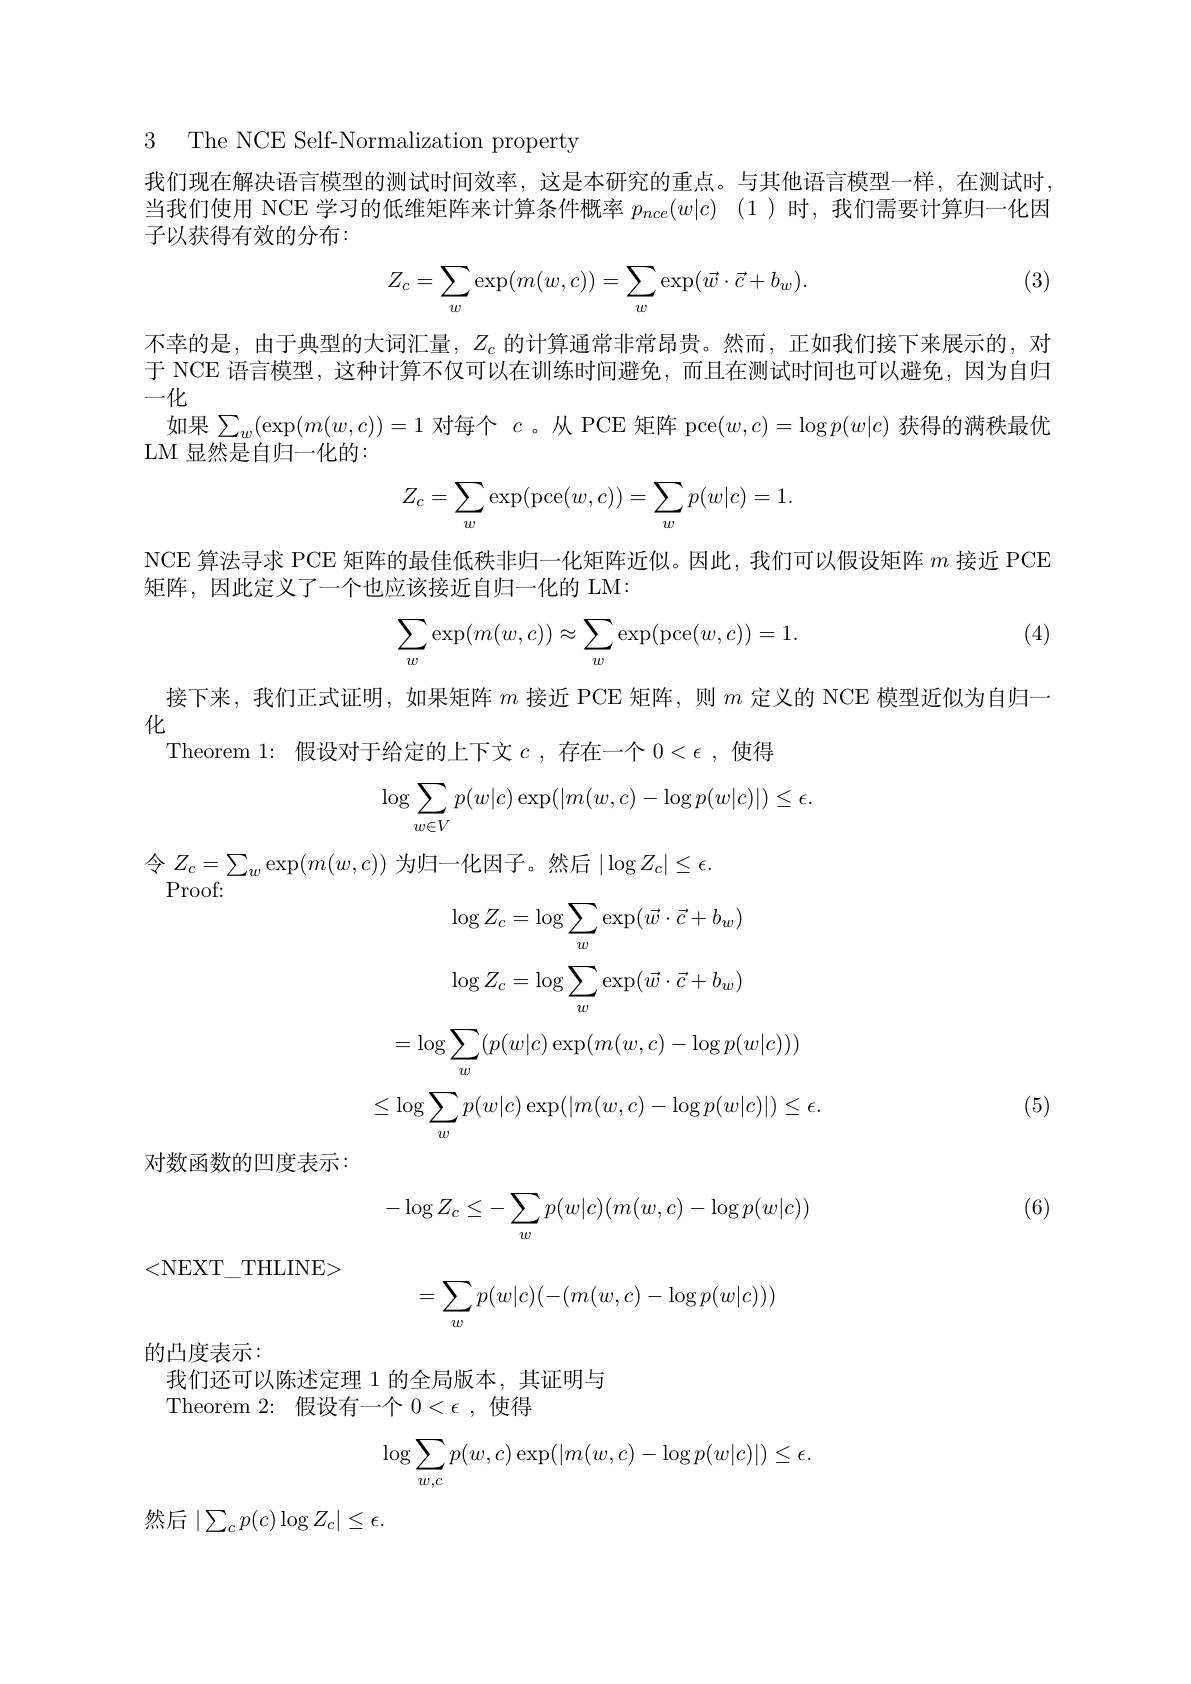
3 The NCE Self-Normalization property

我们现在解决语言模型的测试时间效率，这是本研究的重点。与其他语言模型一样，在测试时当我们使用 NCE 学习的低维矩阵来计算条件概率$p_{nce}( w| c)$ (1 )时，我们需要计算归一化因子以获得有效的分布：

(3)
$$\begin{aligned}Z_c=\sum_w\exp(m(w,c))=\sum_w\exp(\vec w\cdot\vec c+b_w).\end{aligned}$$
不幸的是，由于典型的大词汇量，$Z_c$的计算通常非常昂贵。然而，正如我们接下来展示的，对于 NCE 语言模型，这种计算不仅可以在训练时间避免，而且在测试时间也可以避免，因为自归一化
如果$\sum_w(\exp(m(w,c))=1$对每个$c$。从 PCE 矩阵 pce$(w,c)=\log p(w|c)$获得的满秩最优
LM 显然是自归一化的：
$$Z_c=\sum_w\exp(\text{pce}(w,c))=\sum_wp(w|c)=1.$$
NCE 算法寻求 PCE 矩阵的最佳低秩非归一化矩阵近似。因此，我们可以假设矩阵$m$接近 PCE
矩阵，因此定义了一个也应该接近自归一化的 LM:

(4)
$$\begin{aligned}\sum_w\exp(m(w,c))\approx\sum_w\exp(\operatorname{pce}(w,c))=1.\end{aligned}$$
接下来，我们正式证明，如果矩阵$m$接近 PCE 矩阵，则$m$定义的 NCE 模型近似为自归一
化
Theorem 1: 假设对于给定的上下文$c$ ,存在一个$0<\epsilon$,使得
$$\begin{aligned}\log\sum_{w\in V}p(w|c)\exp(|m(w,c)-\log p(w|c)|)\leq\epsilon.\end{aligned}$$
令$Z_c=\sum_w\exp(m(w,c))$为归一化因子。然后$|\log Z_c|\leq\epsilon.$

Proof:
$$\log Z_c=\log\sum_w\exp(\vec w\cdot\vec c+b_w)$$
$$\log Z_c=\log\sum_w\exp(\vec{w}\cdot\vec{c}+b_w)$$
$$=\log\sum_w(p(w|c)\exp(m(w,c)-\log p(w|c)))$$
(5)
$$\leq\log\sum_wp(w|c)\exp(|m(w,c)-\log p(w|c)|)\leq\epsilon.$$
对数函数的凹度表示：

(6)
$$\begin{aligned}-\log Z_c\leq-\sum_wp(w|c)(m(w,c)-\log p(w|c))\end{aligned}$$
<NEXT\_THLINE>
$$=\sum_wp(w|c)(-(m(w,c)-\log p(w|c)))$$
的凸度表示：

我们还可以陈述定理 1 的全局版本，其证明与
Theorem 2: 假设有一个$0<\epsilon$,使得
$$\begin{aligned}\log\sum_{w,c}p(w,c)\exp(|m(w,c)-\log p(w|c)|)\leq\epsilon.\end{aligned}$$
然后$|\sum_cp(c)\log Z_c|\leq\epsilon.$